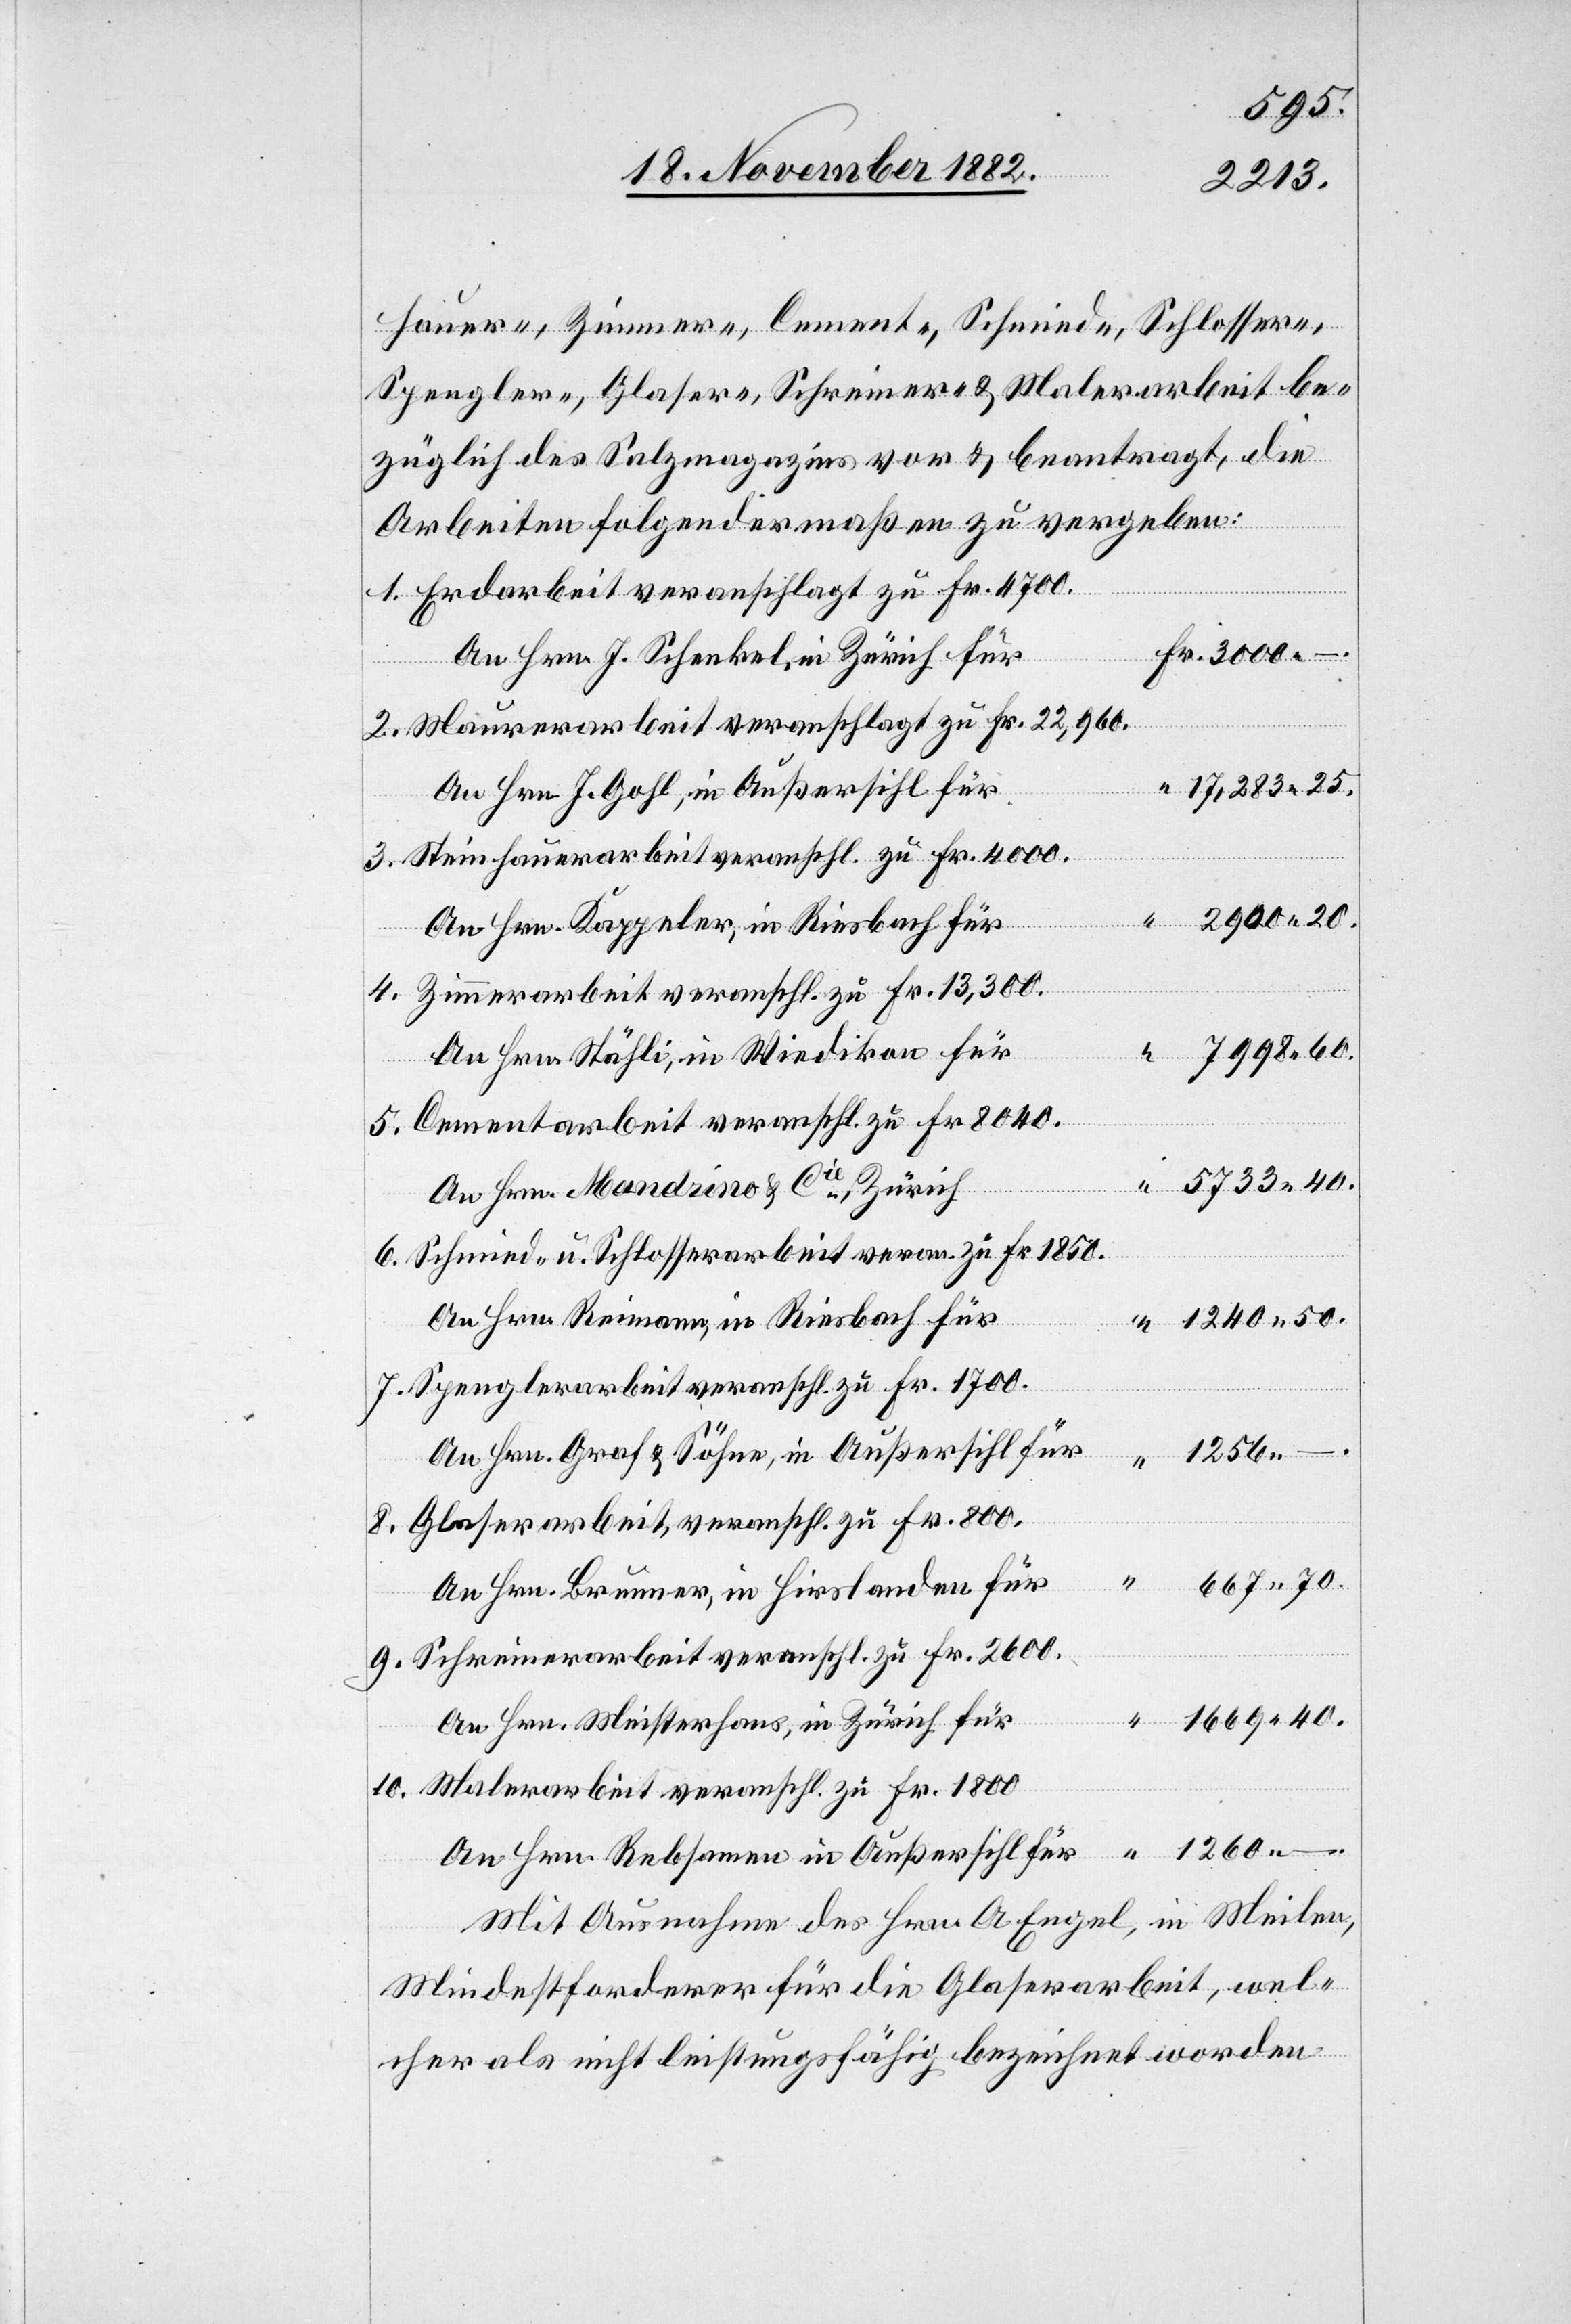
50.
züglich des Salzmagazins vor & beantragt, die
Arbeiten folgendermaßen zu vergeben:
Erdarbeit veranschlagt zu Fr. 4700.
An Hrn. J. Schenkel, in Zürich für
Maurerarbeit veranschlagt zu Fr. 22,966.
An Hrn. J. Gohl, in Außersihl für
Steinhauerarbeit veranschl. zu Fr. 4000.
Zimmerarbeit veranschl. zu Fr. 13,300.
An Hrn. Stähli, in Wiedikon für
Cementarbeit veranschl. zu Fr. 8040.
An Hrn. Mandrino & Cie, Zürich
Schmied- u. Schlosserarbeit veran. zu Fr. 1850.
An Hrn. Reimann, in Riesbach für
Spenglerarbeit veranschl. zu Fr. 1700.
An Hrn. Graf & Söhne, in Außersihl für
1256
Glaserarbeit, veranschl. zu Fr. 800.
40.
Schreiner-
beit be¬
An Hrn. Brunner, in Hirslanden für
Schreinerarbeit veranschl. zu Fr. 2600.
An Hrn. Meisterhans, in Zürich für
Malerarbeit veranschl. zu Fr. 2600.
An Hrn. Rebsamen in Außersihl für
Mit Ausnahme des Hrn. A. Engel, in Meilen,
Mindestforderer für die Glaserarbeit, wel¬
cher als nicht leistungsfähig bezeichnet worden